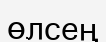
өлсең